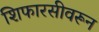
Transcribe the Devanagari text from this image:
शिफारसीवरून